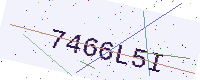
Text: 7466L5I